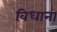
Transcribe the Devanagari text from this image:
विधाना